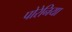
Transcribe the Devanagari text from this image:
पोरेनिया